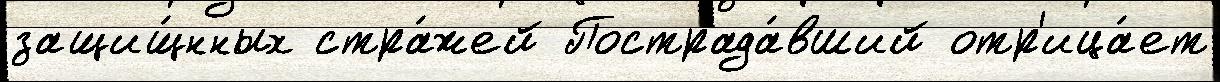
защищ́нных стра́жей Пострада́вший отр'ица́ет